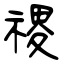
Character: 禝